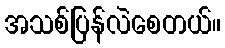
အသစ်ပြန်လဲစေတယ်။